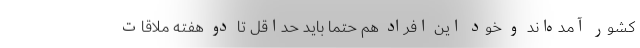
کشور آمده‌اند و خود این افراد هم حتما باید حداقل تا دو هفته ملاقات